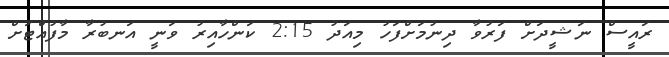
ރައީސް ނަޝީދަށް ފަރުވާ ދިނުމަށްފަހު މިއަދު 2:15 ކަންހާއިރު ވަނީ އަނބުރާ މާފުއްޓަށް